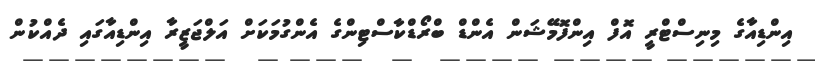
އިންޑިއާގެ މިނިސްޓްރީ އޮފް އިންފޮމޭޝަން އެންޑް ބްރޯޑްކާސްޓިންގެ އެންގުމަކަށް އަލްޖަޒީރާ އިންޑިއާގައި ދެއްކުން